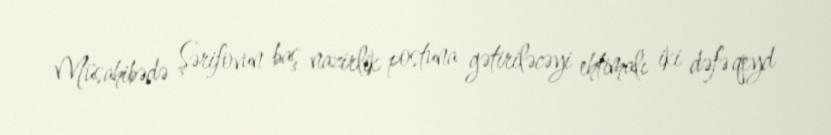
Müsahibədə Şərifovun baş nazirlik postuna gətiriləcəyi ehtimalı iki dəfə qeyd